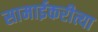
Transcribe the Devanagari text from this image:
सामाईकरीत्या